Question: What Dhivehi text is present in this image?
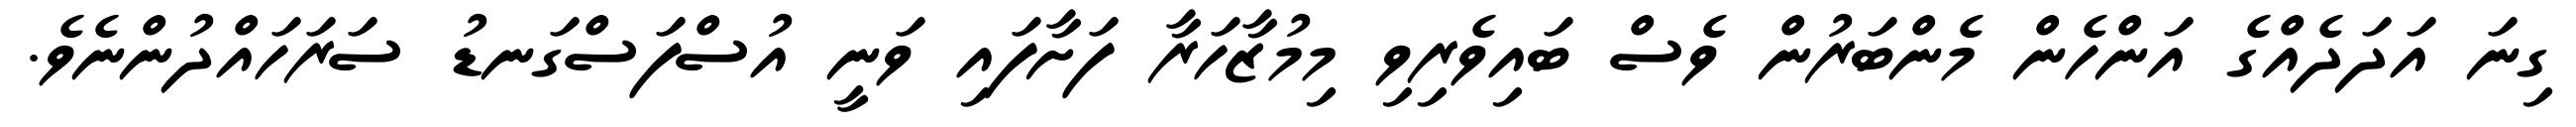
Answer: ގިނަ އަދަދެއްގެ އަންހެން މެންބަރުން ވެސް ބައިވެރިވި މިމުޒާހަރާ ފަށާފައި ވަނީ އުސްފަސްގަނޑު ސަރަހައްދުންނެވެ.